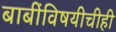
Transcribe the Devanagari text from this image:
बाबींविषयीचीही